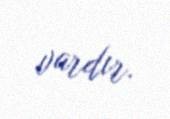
vardır.